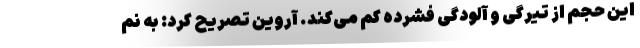
این حجم از تیرگی و آلودگی فشرده کم می‌کند. آروین تصریح کرد: به نم